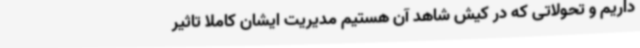
داریم و تحولاتی که در کیش شاهد آن هستیم مدیریت ایشان کاملاً تاثیر